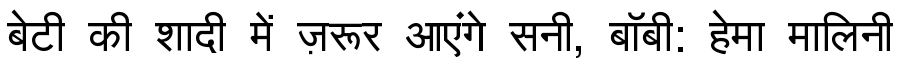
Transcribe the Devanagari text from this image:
बेटी की शादी में ज़रूर आएंगे सनी, बॉबी: हेमा मालिनी